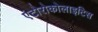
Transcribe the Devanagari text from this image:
एंटोरोकोलाइटिस